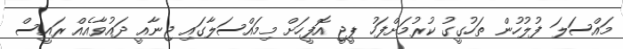
މައްސަލަ ފުލުހުން ތަހުގީގު ކުރުމަށްފަހު ޕީޖީ އޮފީހަށް މިމައްސަލާގައި ޖިނާއީ ދައުވާއެއް ރައީސް